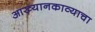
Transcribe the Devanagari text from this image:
आख्यानकाव्याचा